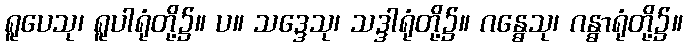
ရူပေသု၊ ရူပါရုံတို့၌။ ပ။ သဒ္ဒေသု၊ သဒ္ဒါရုံတို့၌။ ဂန္ဓေသု၊ ဂန္ဓာရုံတို့၌။